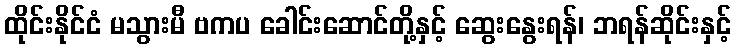
ထိုင်းနိုင်ငံ မသွားမီ ဗကပ ခေါင်းဆောင်တို့နှင့် ဆွေးနွေးရန်၊ ဘရန်ဆိုင်းနှင့်